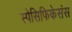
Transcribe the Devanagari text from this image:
स्पेसिफिकेसंस